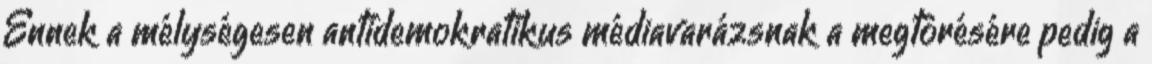
Ennek a mélységesen antidemokratikus médiavarázsnak a megtörésére pedig a